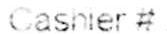
CASMER #